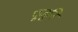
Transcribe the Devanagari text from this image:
पूजूनि